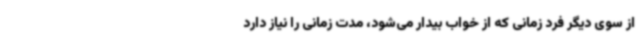
از سوی دیگر فرد زمانی که از خواب بیدار می‌شود، مدت زمانی را نیاز دارد